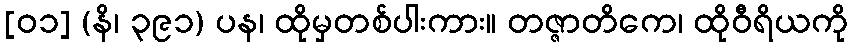
[၀၁] (နိ၊ ၃၉၁) ပန၊ ထိုမှတစ်ပါးကား။ တဇ္ဇာတိကေ၊ ထိုဝီရိယကို